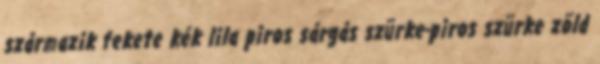
származik fekete kék lila piros sárgás szürke-piros szürke zöld